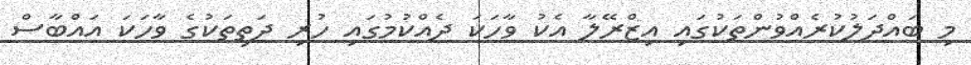
މި ބައްދަލުކުރެއްވުންތަކުގައި އިޒްރޭލާ އެކު ވާހަކަ ދެއްކުމުގައި ހުރި ދަތިތަކުގެ ވާހަކަ އައްބާސް